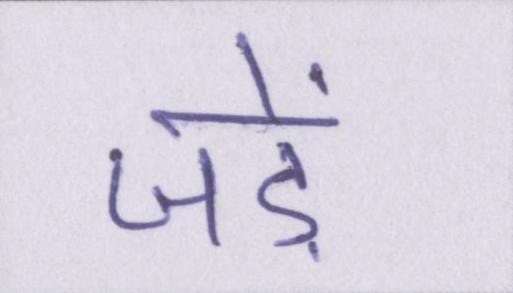
जड़ें